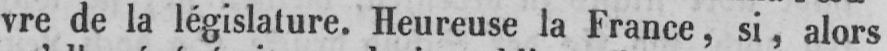
vre de la législature. Heureuse la France, si, alors